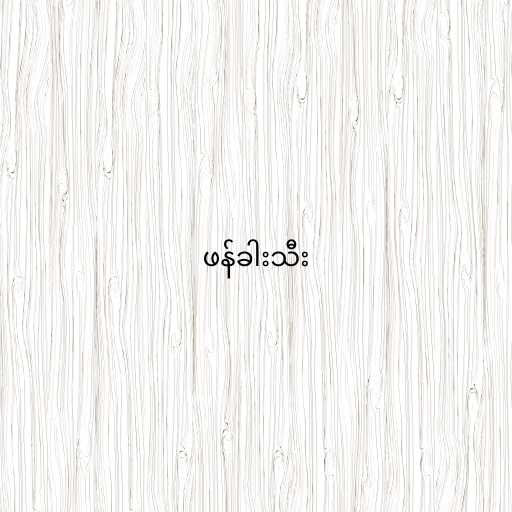
ဖန်ခါးသီး